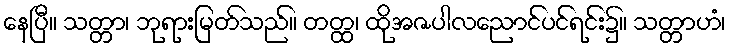
နေပြီ။ သတ္တာ၊ ဘုရားမြတ်သည်။ တတ္ထ၊ ထိုအဇပါလညောင်ပင်ရင်း၌။ သတ္တာဟံ၊